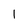
Character: 1